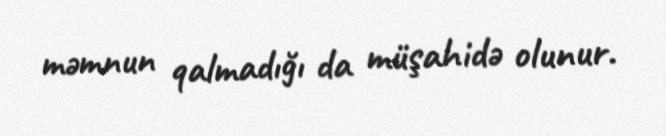
məmnun qalmadığı da müşahidə olunur.